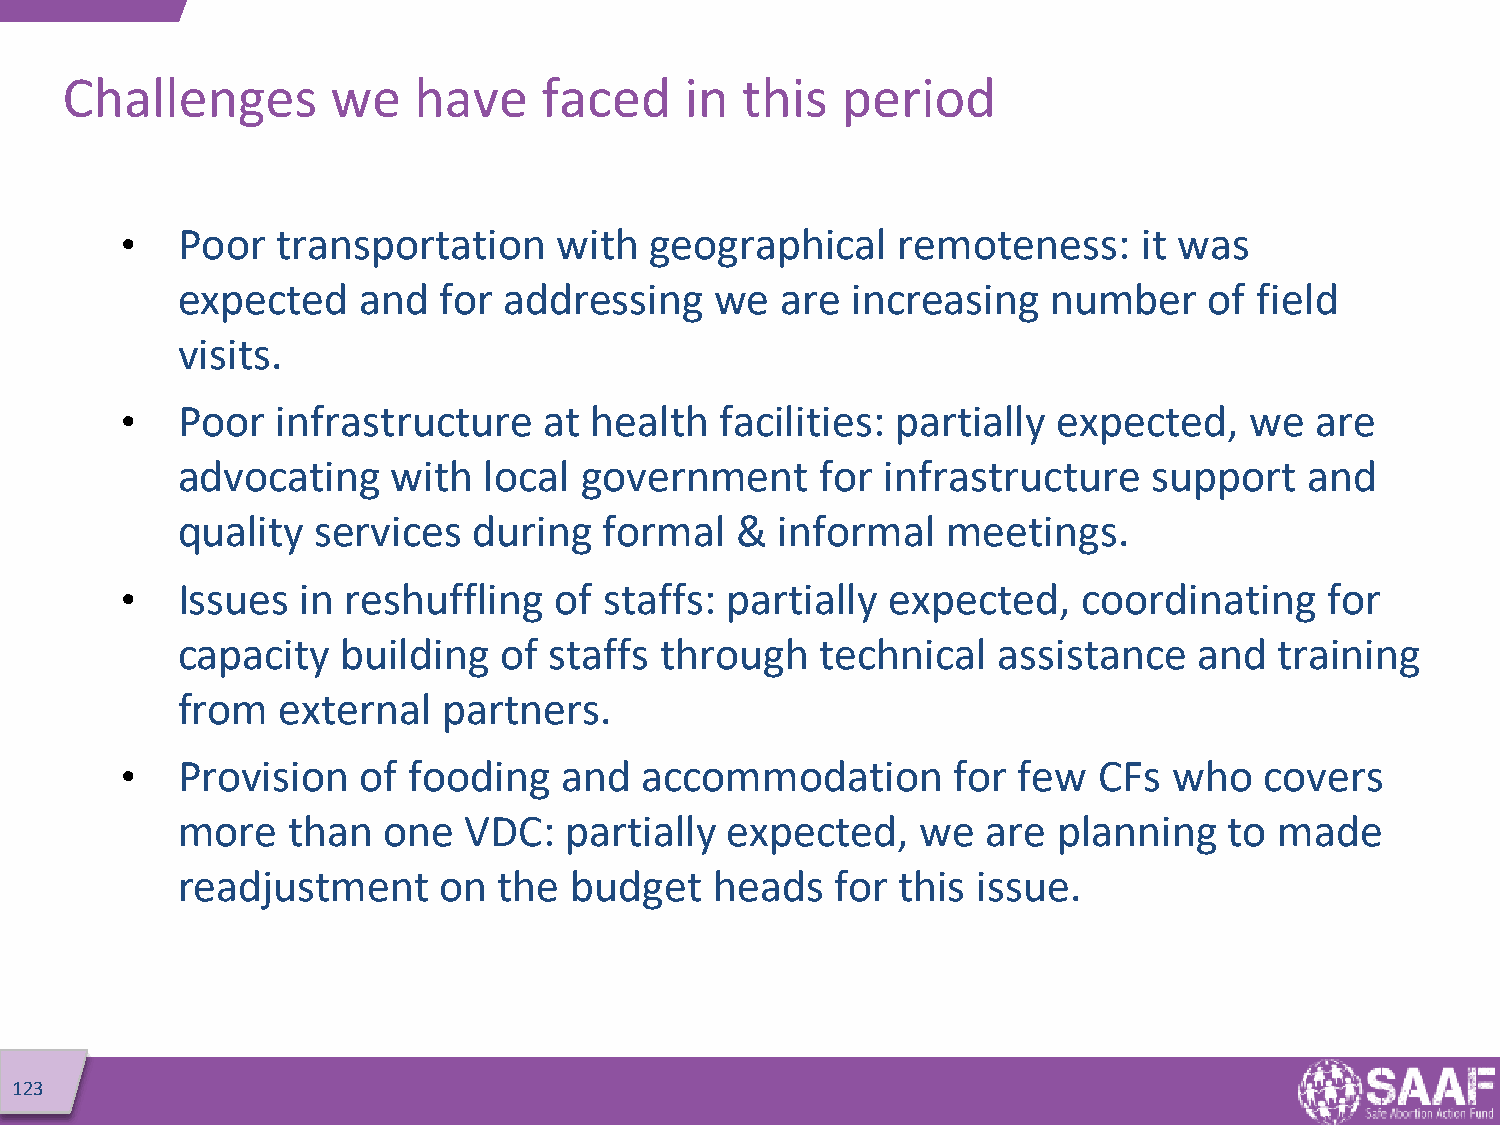
Challenges        we   have     faced    in  this   period
 •   Poor  transportation     with  geographical    remoteness:      it was
 expected    and  for addressing    we   are increasing    number    of field
 visits.
 •   Poor  infrastructure    at health   facilities: partially expected,    we  are
 advocating    with  local government      for  infrastructure   support    and
 quality  services  during   formal   &  informal   meetings.
 •   Issues  in reshuffling   of staffs: partially  expected,    coordinating    for
 capacity   building  of staffs  through   technical   assistance   and   training
 from  external   partners.
 •   Provision   of fooding   and  accommodation        for few   CFs  who   covers
 more   than  one   VDC:  partially  expected,    we  are  planning   to  made
 readjustment     on  the  budget   heads   for this  issue.
 123